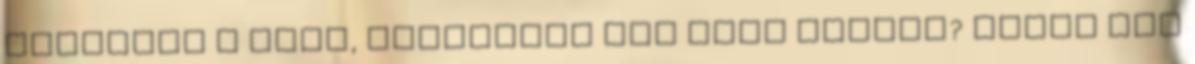
Tetszett a cikk, szeretnél még több akciót? Nyomd meg